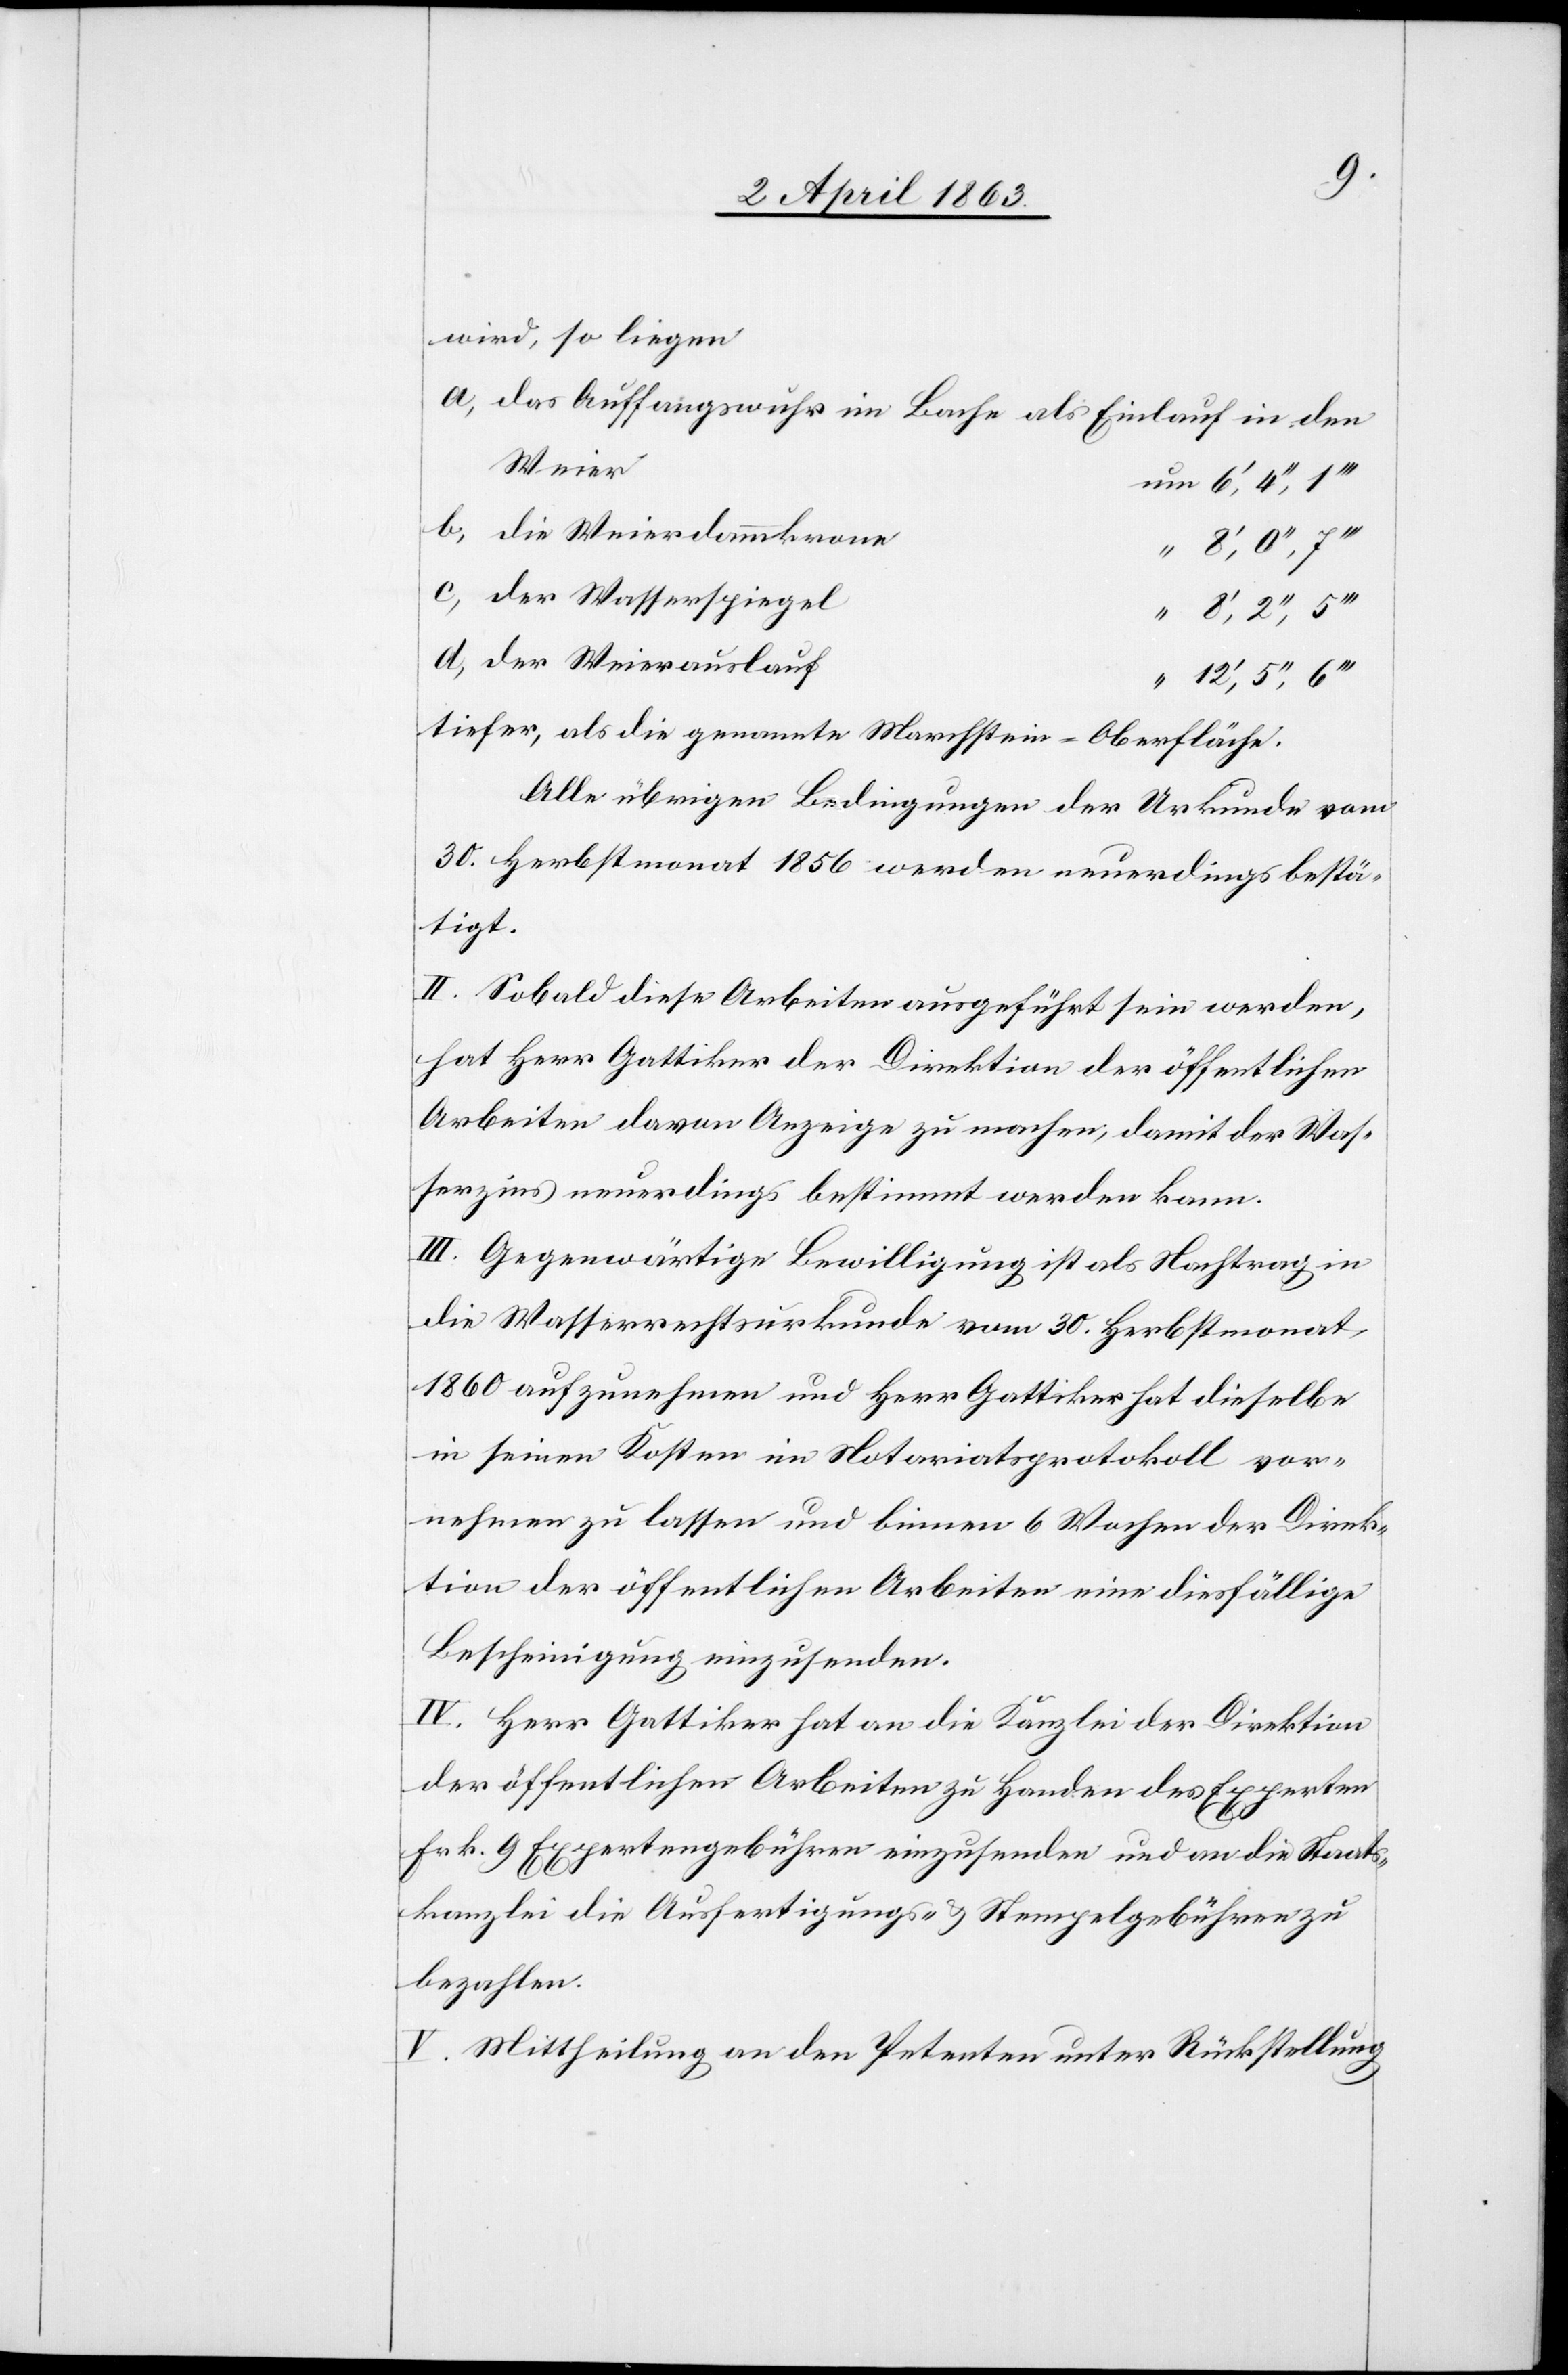
wird, so liegen
das Auffangswuhr im Bache als Einlauf in den
Weier
die Weierdammkrone
der Wasserspiegel
der Weierauslauf
tiefer, als die genannte Marchstein-Oberfläche.
Alle übrigen Bedingungen der Urkunde vom
30. Herbstmonat 1856 werden neuerdings bestä¬
tigt.
II. Sobald diese Arbeiten ausgeführt sein werden,
hat Herr Gattiker der Direktion der öffentlichen
Arbeiten davon Anzeige zu machen, damit der Was¬
serzins neuerdings bestimmt werden kann.
III. Gegenwärtige Bewilligung ist als Nachtrag in
die Wasserrechtsurkunde vom 30. Herbstmonat
1860 aufzunehmen und Herr Gattiker hat dieselbe
in seinen Kosten im Notariatsprotokoll vor¬
nehmen zu lassen und binnen 6 Wochen der Direk¬
tion der öffentlichen Arbeiten eine diesfällige
Bescheinigung einzusenden.
IV. Herr Gattiker hat an die Kanzlei der Direktion
der öffentlichen Arbeiten zu Handen des Experten
Frk. 9 Expertengebühren einzusenden und an die Staats¬
kanzlei die Ausfertigungs- & Stempelgebühren zu
bezahlen.
V. Mittheilung an den Petenten unter Rückstellung